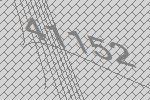
41152